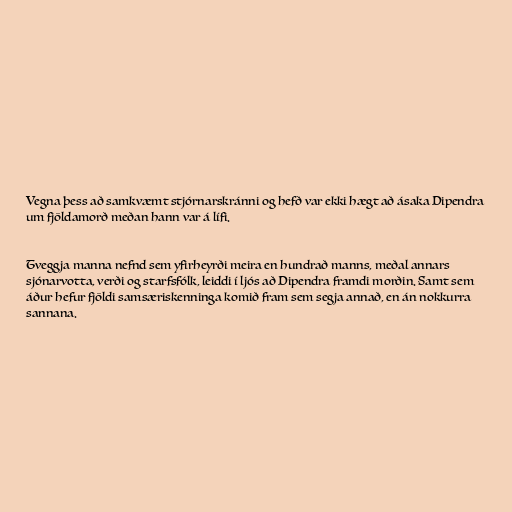
Vegna þess að samkvæmt stjórnarskránni og hefð var ekki hægt að ásaka Dipendra
um fjöldamorð meðan hann var á lífi.

Tveggja manna nefnd sem yfirheyrði meira en hundrað manns, meðal annars
sjónarvotta, verði og starfsfólk, leiddi í ljós að Dipendra framdi morðin. Samt sem
áður hefur fjöldi samsæriskenninga komið fram sem segja annað, en án nokkurra
sannana.